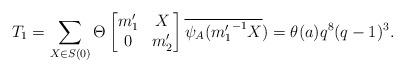
LaTeX: \begin{align*} T_1=\sum_{X \in S(0)}\Theta \begin{bmatrix} m_1' & X\\ 0 & m_2' \end{bmatrix}\overline{\psi_A({m_1'}^{-1}X})=\theta(a)q^8(q-1)^3.\end{align*}